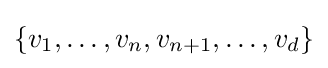
\{v_{1},\dots ,v_{n},v_{n+1},\dots ,v_{d}\}